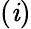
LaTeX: (\mathit{i})